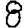
Digit: 8